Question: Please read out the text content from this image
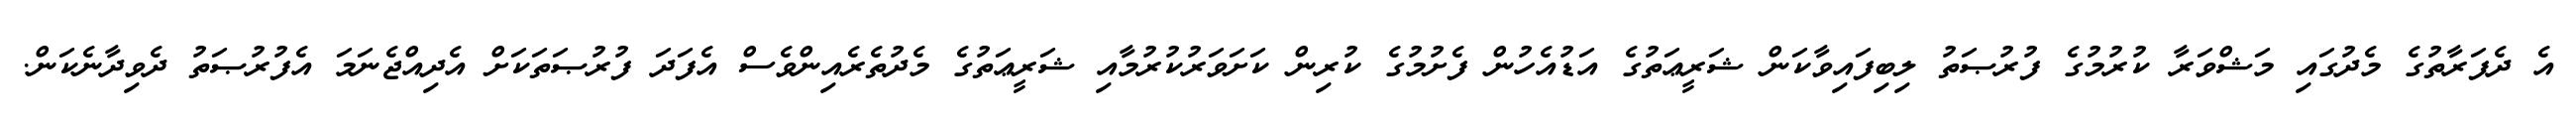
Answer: އެ ދެފަރާތުގެ މެދުގައި މަޝްވަރާ ކުރުމުގެ ފުރުޞަތު ލިބިފައިވާކަން ޝަރީޢަތުގެ އަޑުއެހުން ފެށުމުގެ ކުރިން ކަށަވަރުކުރުމާއި ޝަރީޢަތުގެ މެދުތެރެއިންވެސް އެފަދަ ފުރުޞަތަކަށް އެދިއްޖެނަމަ އެފުރުޞަތު ދެވިދާނެކަން.